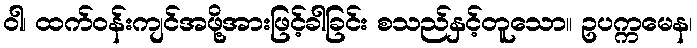
ဝါ၊ ထက်ဝန်းကျင်အဖို့အားဖြင့်ခါခြင်း စသည်နှင့်တူသော။ ဥပက္ကမေန၊